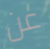
عن